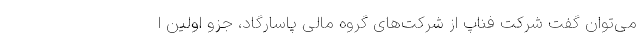
می‌توان گفت شركت فناپ از شركت‌های گروه مالی پاسارگاد، جزو اولین ا